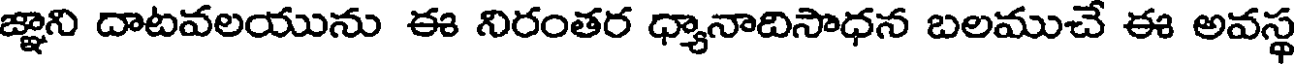
జ్ఞాని దాటవలయును ఈ నిరంతర ధ్యానాదిసాధన బలముచే ఈ అవస్థ